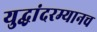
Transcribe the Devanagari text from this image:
युद्धांदरम्यानच